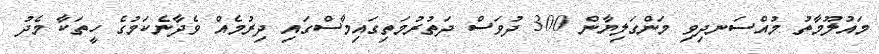
މައުލޫމާތު މުއްސަނދިވި މަންގަލިޔާން 300 ދުވަސް ދަތުރުމަތިގައިމާސްގައި ދިރުމެއް ވެދާނެކަމުގެ ހީތަކާ މެދު